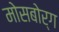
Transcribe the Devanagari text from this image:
मोसबोर्ग